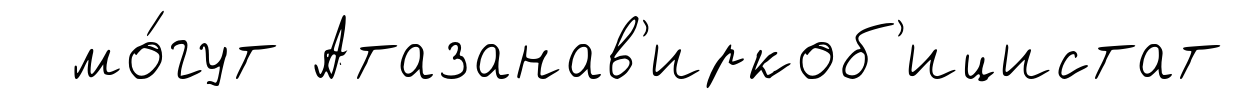
мо́гут Атазанав'иркоб'ицистат